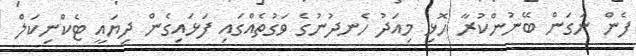
ފެން ނަގަން ބޭނުންކުރާ ހޮޅި މިއަދު ހެނދުނުގެ ވަގުތެއްގައި ފަޅައިގެން ދިޔައީ ޓެކްނިކަލް